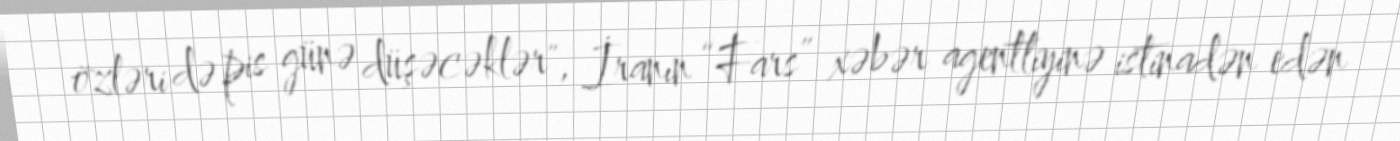
özləri də pis günə düşəcəklər", İranın “Fars” xəbər agentliyinə istinadən edən